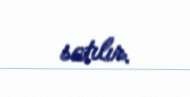
satılır.